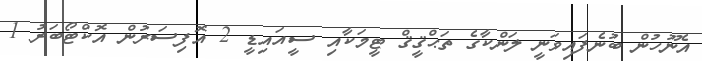
އެނޫހުން ބުނެފައިވަނީ ލަންކާގެ ތަޙްޤީޤް ޓީމަކާއި ސީއައިޑީ 2 އޮފިސަރުން އޮކްޓޯބަރު 1